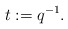
\begin{align*} t := q^{-1}.\end{align*}